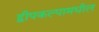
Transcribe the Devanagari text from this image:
द्वीपकल्पामधील